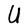
Character: U